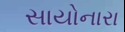
સાયોનારા